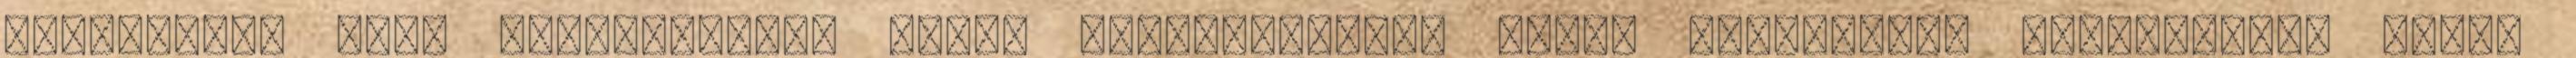
érdekesek, mert bepillantást adnak korszakalkotó elmék titokzatos működésébe, hanem